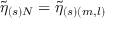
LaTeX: \widetilde { \eta } _ { ( s ) N } = \widetilde { \eta } _ { ( s ) ( m , l ) }